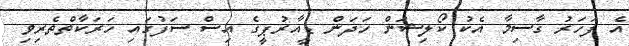
އެ ފަހަރު ގާސިމާ އެކު ކޯލިޝަން ހަދަން ޑީއާރުޕީގެ އިސް ސަފުގައި ހަރަކާތްތެރިވި